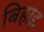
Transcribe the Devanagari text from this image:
बिहाइ